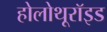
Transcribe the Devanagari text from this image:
होलोथूरॉइड